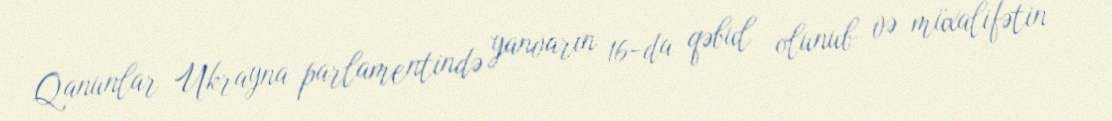
Qanunlar Ukrayna parlamentində yanvarın 16-da qəbul olunub və müxalifətin